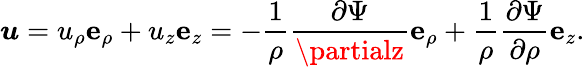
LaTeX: {\boldsymbol{u}}=u_{\rho}{\boldsymbol{\mathrm{e}}}_{\rho}+u_{z}{\boldsymbol{\mathrm{e}}}_{z}=-{\frac{{1}}{{\rho}}}{\frac{{\partial\Psi}}{{\partialz}}}{\boldsymbol{\mathrm{e}}}_{\rho}+{\frac{{1}}{{\rho}}}{\frac{{\partial\Psi}}{{\partial\rho}}}{\boldsymbol{\mathrm{e}}}_{z}.